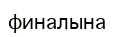
финалына